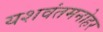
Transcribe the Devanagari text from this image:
यशवंतमनोहर